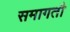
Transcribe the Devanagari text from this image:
समागतौ